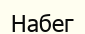
Набег